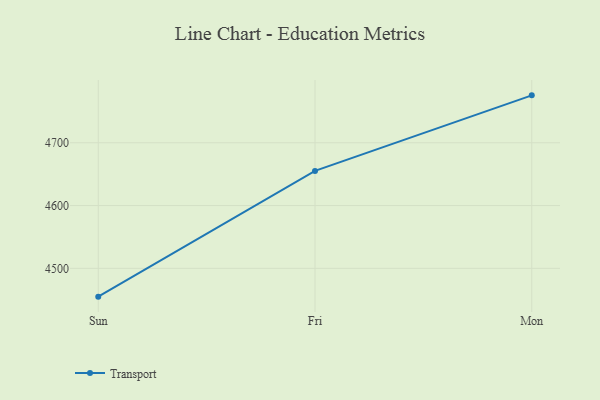
{"axis": {"x": "Day", "y": "Population (Million)"}, "legend": ["Transport"], "data": [{"x": "Sun", "y": 4454.9, "type": "Transport"}, {"x": "Fri", "y": 4655.2, "type": "Transport"}, {"x": "Mon", "y": 4775.5, "type": "Transport"}]}